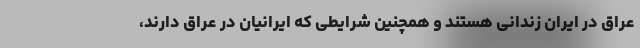
عراق در ایران زندانی هستند و همچنین شرایطی که ایرانیان در عراق دارند،